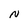
Character: N